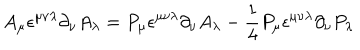
A _ { \mu } \epsilon ^ { \mu \nu \lambda } \partial _ { \nu } A _ { \lambda } = P _ { \mu } \epsilon ^ { \mu \nu \lambda } \partial _ { \nu } A _ { \lambda } - \frac { 1 } { 4 } P _ { \mu } \epsilon ^ { \mu \nu \lambda } \partial _ { \nu } P _ { \lambda }